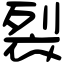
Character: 裂